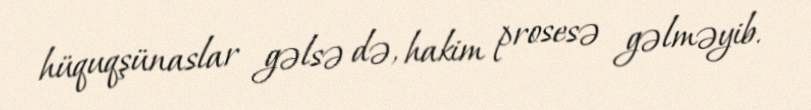
hüquqşünaslar gəlsə də, hakim prosesə gəlməyib.